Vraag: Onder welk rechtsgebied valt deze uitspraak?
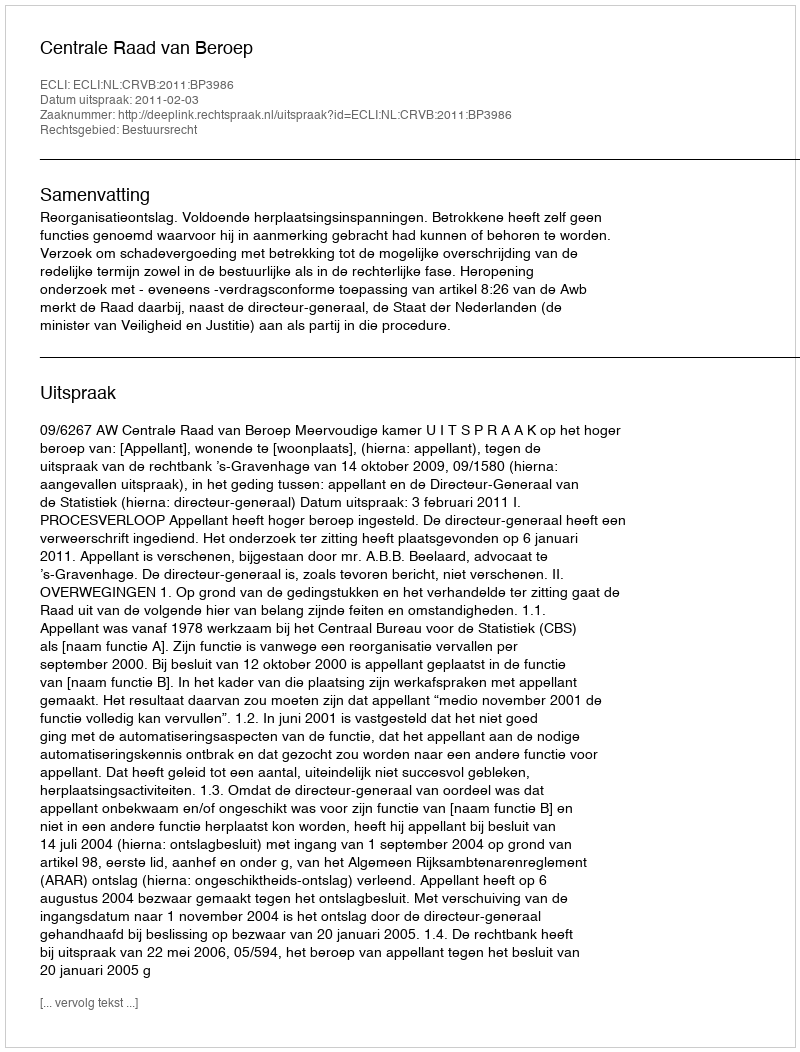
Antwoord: Bestuursrecht